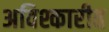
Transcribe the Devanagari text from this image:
अविश्कारीत